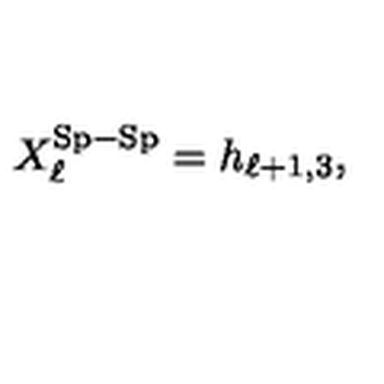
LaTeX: X _ { \ell } ^ { \mathrm { S p - S p } } = h _ { \ell + 1 , 3 } ,